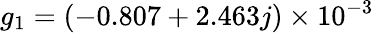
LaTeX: g_{1}=(-0.807+2.463j)\times 10^{-3}